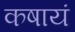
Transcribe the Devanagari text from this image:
कषायं